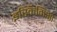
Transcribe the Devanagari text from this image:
इस्किमिआ